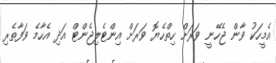
އެމީހަކު ވާން ޖެހޭނީ ވަރަށް ހިތްހެޔޮ ވަރަށް އިންޓެލިޖެންޓް އަދި އެހާމެ ވަފާތެރި